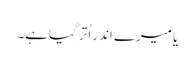
یا میرے اندر اُتر گیا ہے۔